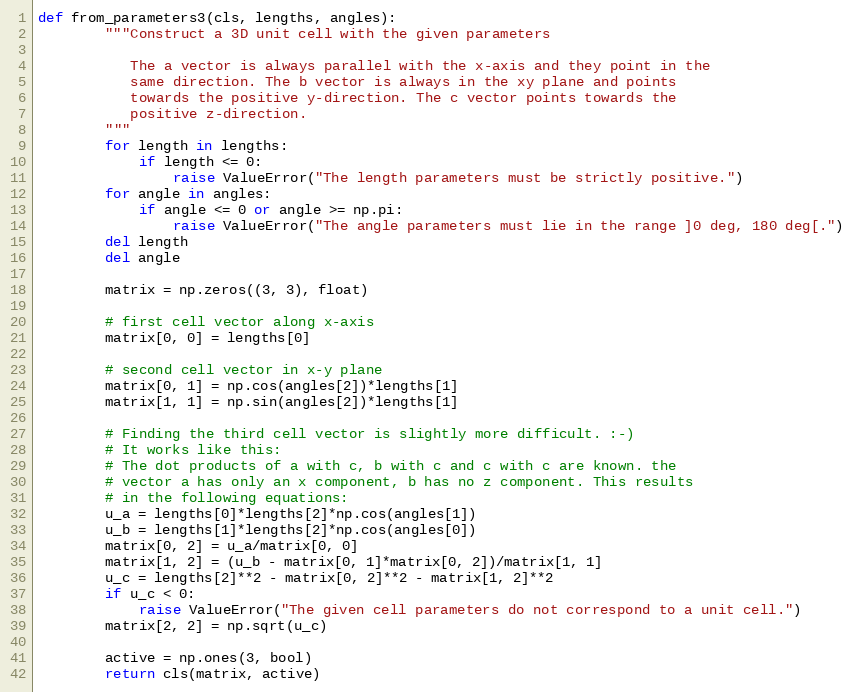
Language: Python
def from_parameters3(cls, lengths, angles):
        """Construct a 3D unit cell with the given parameters

           The a vector is always parallel with the x-axis and they point in the
           same direction. The b vector is always in the xy plane and points
           towards the positive y-direction. The c vector points towards the
           positive z-direction.
        """
        for length in lengths:
            if length <= 0:
                raise ValueError("The length parameters must be strictly positive.")
        for angle in angles:
            if angle <= 0 or angle >= np.pi:
                raise ValueError("The angle parameters must lie in the range ]0 deg, 180 deg[.")
        del length
        del angle

        matrix = np.zeros((3, 3), float)

        # first cell vector along x-axis
        matrix[0, 0] = lengths[0]

        # second cell vector in x-y plane
        matrix[0, 1] = np.cos(angles[2])*lengths[1]
        matrix[1, 1] = np.sin(angles[2])*lengths[1]

        # Finding the third cell vector is slightly more difficult. :-)
        # It works like this:
        # The dot products of a with c, b with c and c with c are known. the
        # vector a has only an x component, b has no z component. This results
        # in the following equations:
        u_a = lengths[0]*lengths[2]*np.cos(angles[1])
        u_b = lengths[1]*lengths[2]*np.cos(angles[0])
        matrix[0, 2] = u_a/matrix[0, 0]
        matrix[1, 2] = (u_b - matrix[0, 1]*matrix[0, 2])/matrix[1, 1]
        u_c = lengths[2]**2 - matrix[0, 2]**2 - matrix[1, 2]**2
        if u_c < 0:
            raise ValueError("The given cell parameters do not correspond to a unit cell.")
        matrix[2, 2] = np.sqrt(u_c)

        active = np.ones(3, bool)
        return cls(matrix, active)